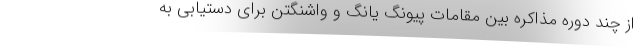
از چند دوره مذاکره بین مقامات پیونگ یانگ و واشنگتن برای دستیابی به